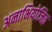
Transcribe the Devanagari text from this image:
अनाभियोजित